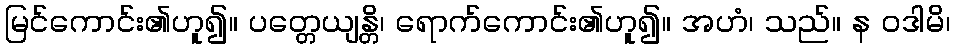
မြင်ကောင်း၏ဟူ၍။ ပတ္တေယျန္တိ၊ ရောက်ကောင်း၏ဟူ၍။ အဟံ၊ သည်။ န ဝဒါမိ၊